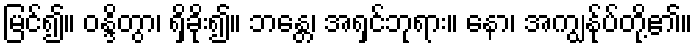
မြင်၍။ ဝန္ဒိတွာ၊ ရှိခိုး၍။ ဘန္တေ၊ အရှင်ဘုရား။ နော၊ အကျွန်ုပ်တို့၏။